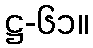
ဋ္ဌ-၆၁။